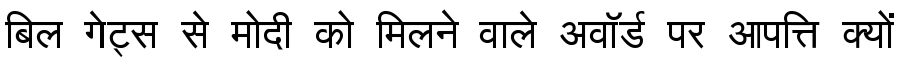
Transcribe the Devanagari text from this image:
बिल गेट्स से मोदी को मिलने वाले अवॉर्ड पर आपत्ति क्यों